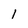
Character: l